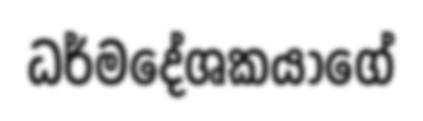
ධර්මදේශකයාගේ